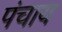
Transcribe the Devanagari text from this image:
पंचाय